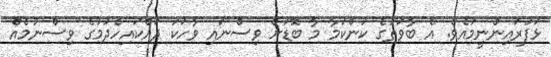
ޅަފުރައިންނީމުއެވެ. އެ ބާވަތުގެ ކަންކަމާ މާ ބޮޑަށް ވިސްނައި ވާހަކަ ދައްކައިހެދުމުގެ ވިސްނުމެއް